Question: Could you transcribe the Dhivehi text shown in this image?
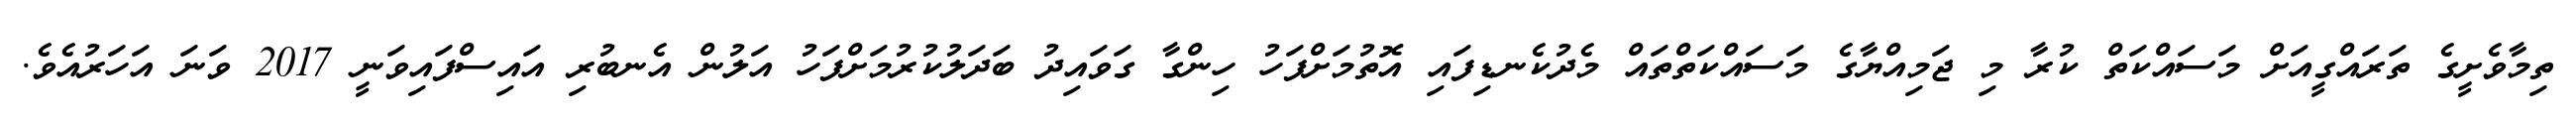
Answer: ތިމާވެށީގެ ތަރައްގީއަށް މަސައްކަތް ކުރާ މި ޖަމިއްޔާގެ މަސައްކަތްތައް މެދުކެނޑިފައި އޮތުމަށްފަހު ހިންގާ ގަވައިދު ބަދަލުކުރުމަށްފަހު އަލުން އެނބުރި އައިސްފައިވަނީ 2017 ވަނަ އަހަރުއެވެ.